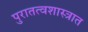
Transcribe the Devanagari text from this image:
पुरातत्वशास्त्रात